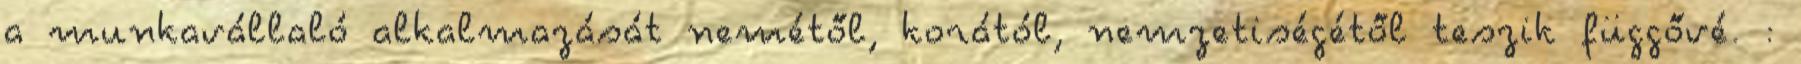
a munkavállaló alkalmazását nemétől, korától, nemzetiségétől teszik függővé. :